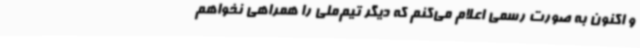
و اکنون به صورت رسمی اعلام می‌کنم که دیگر تیم‌ملی را همراهی نخواهم